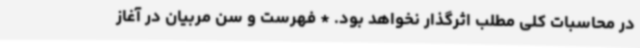
در محاسبات کلی مطلب اثرگذار نخواهد بود. * فهرست و سن مربیان در آغاز